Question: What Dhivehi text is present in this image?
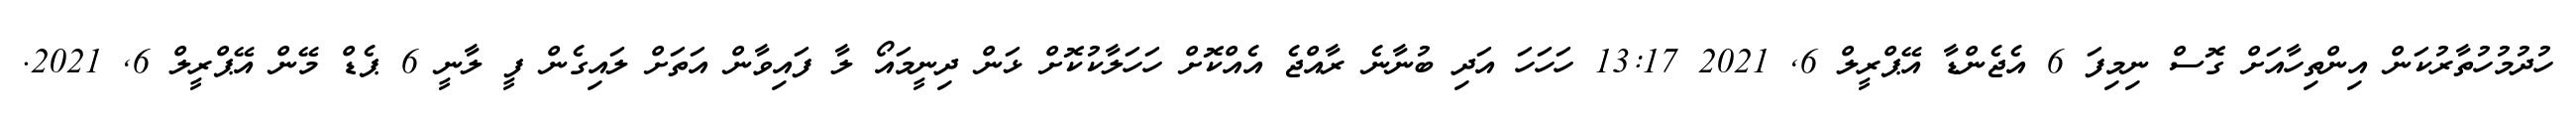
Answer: ހުދުމުހުތާރުކަން އިންތިހާއަށް ގޮސް ނިމިފަ 6 އެޖެންޑާ އޭޕްރީލް 6, 2021 13:17 ހަހަހަ އަދި ބުނާނެ ރާއްޖެ އެއްކޮށް ހަހަލާކުކޮށް ޅަން ދިނީމައޯ ލާ ފައިވާން އަތަށް ލައިގެން ފީ ލާނީ 6 ޕެޑް މޭން އޭޕްރީލް 6, 2021.